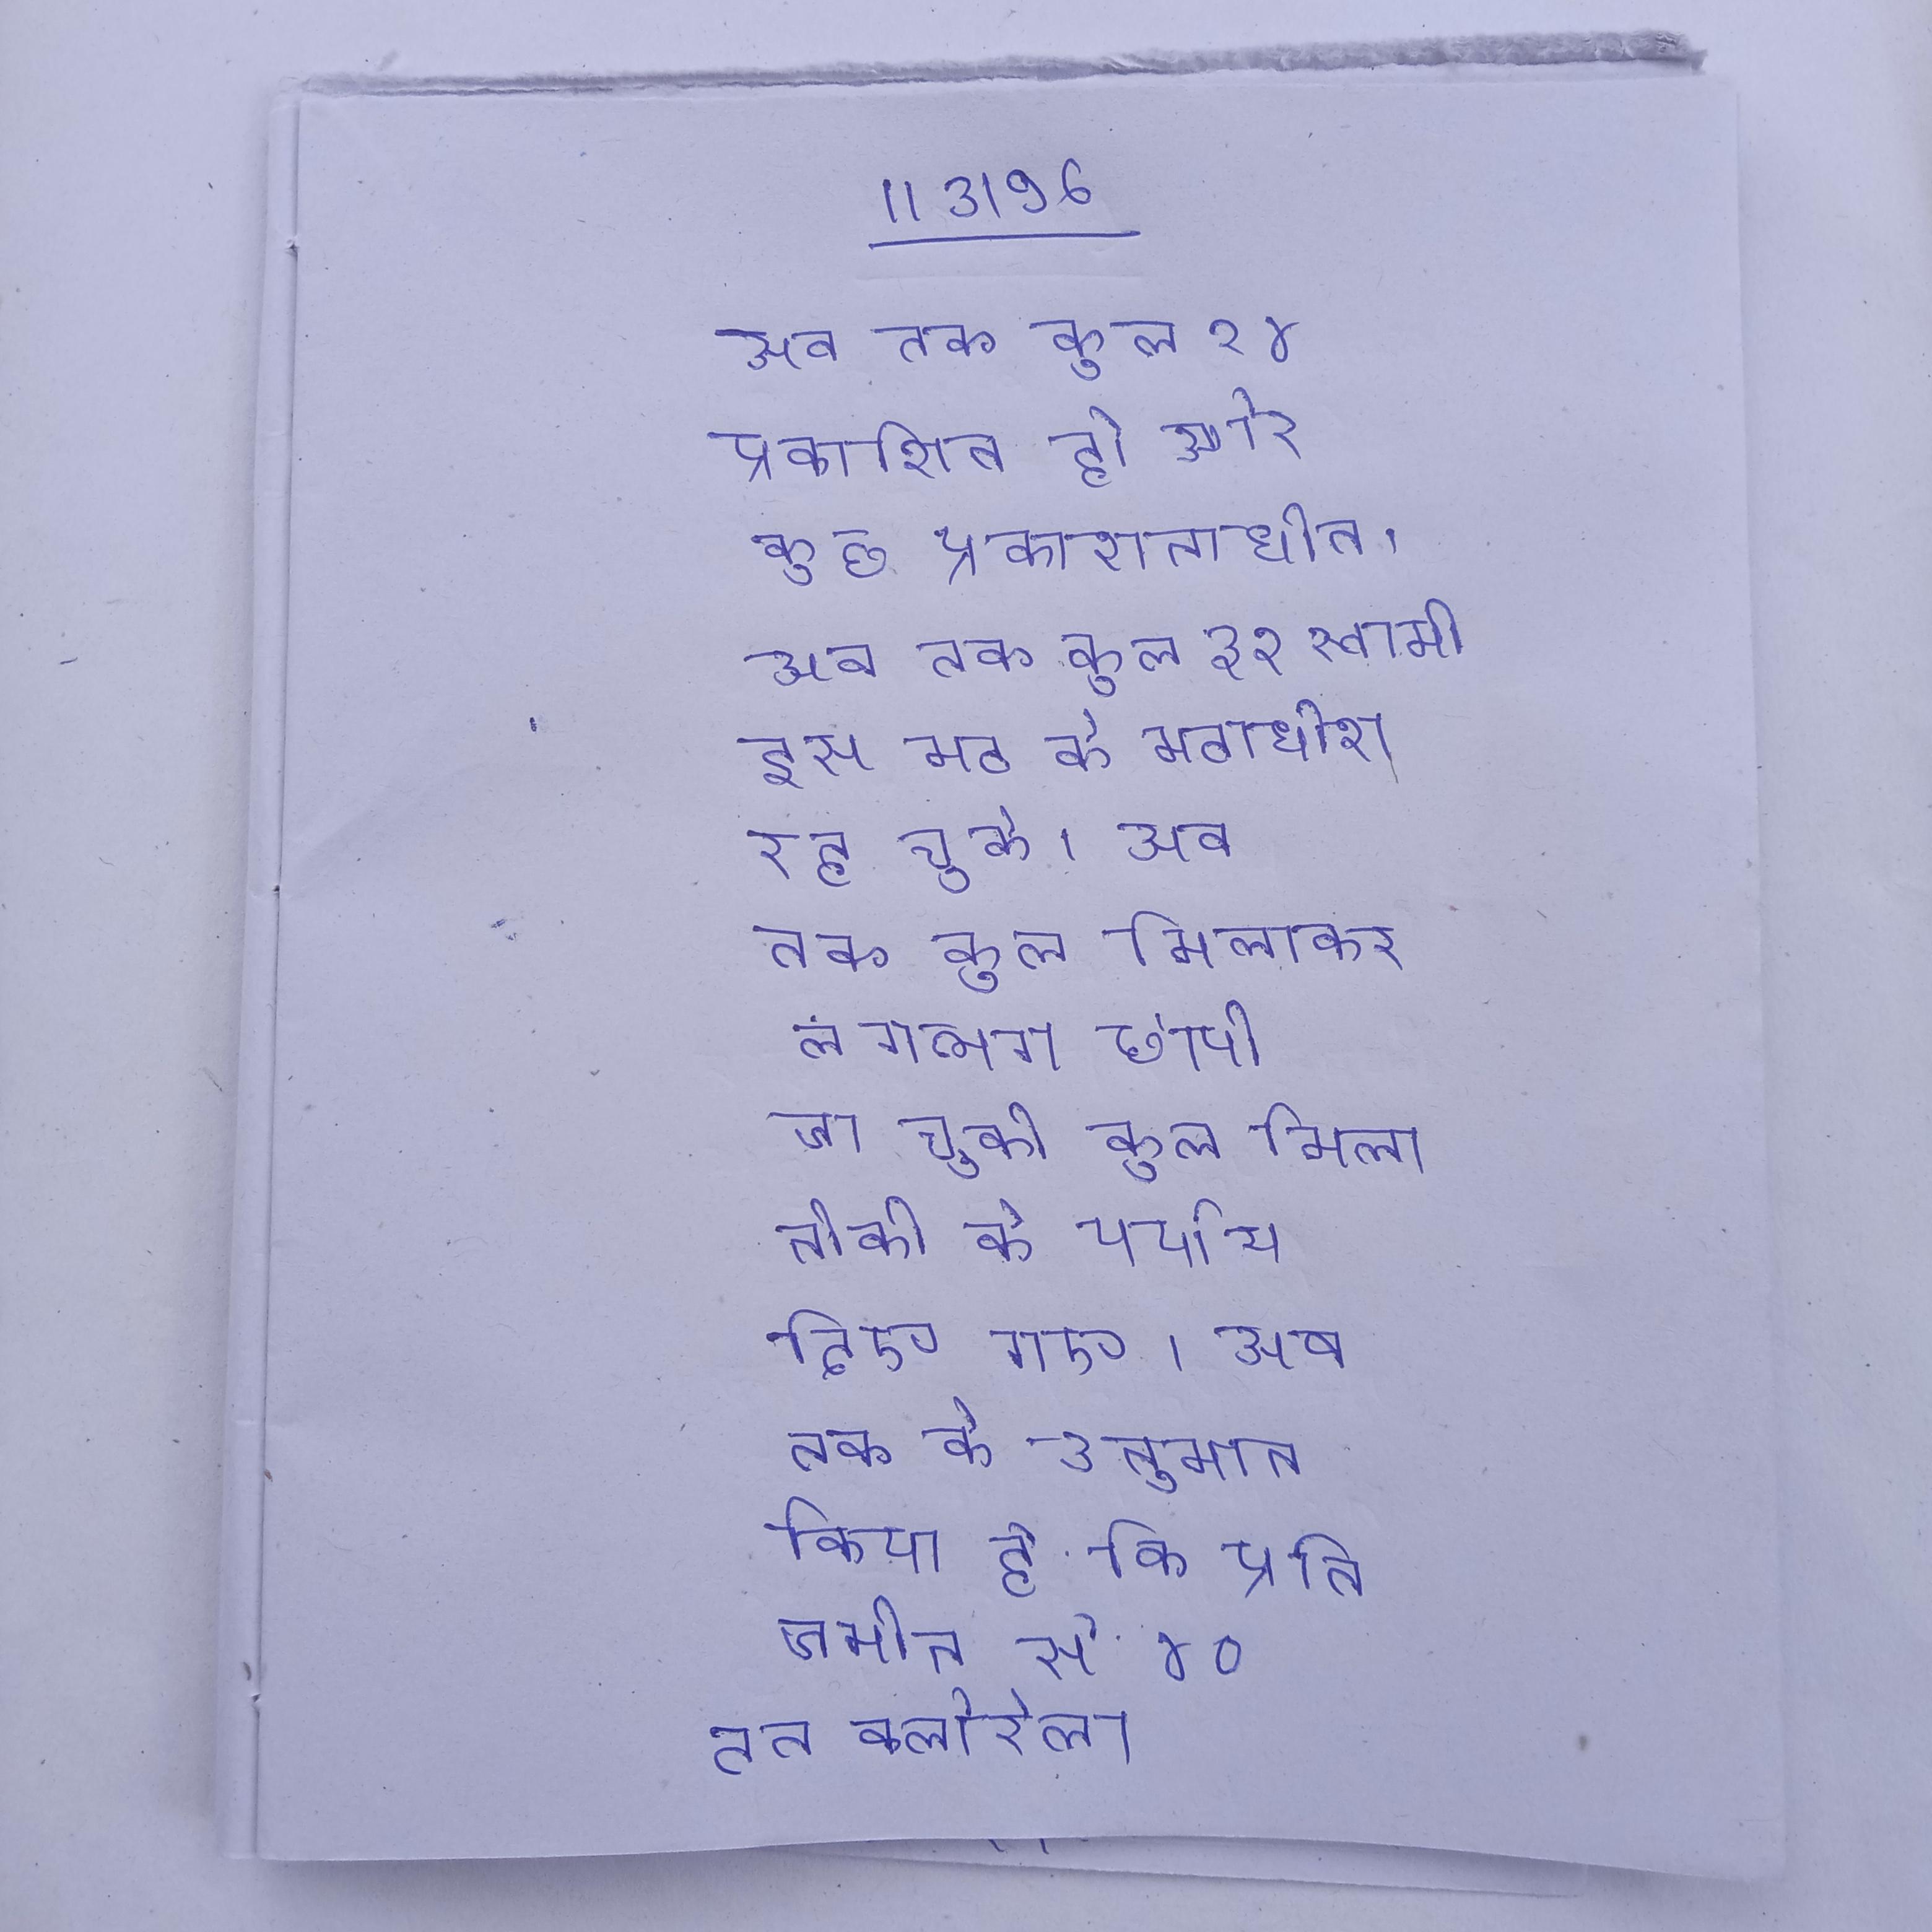
अब तक कुल २४ प्रकाशित हो और कुछ प्रकाशनाधीन । अब तक कुल ३२ स्वामी इस मठ के मठाधीश रह चुके । अब तक कुल मिलाकर लगभग छापी जा चुकी कुल मिलाकर लगभग लाख तकनीकी के पर्याय दिए गए । अब तक के उत्पादन से यह अनुमान किया गया है कि प्रति जमीन से ४० टन क्लोरेला सुगमतापूर्वक उगाया जा सकता है ।